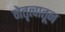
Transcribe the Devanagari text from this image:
नेतृत्वातून